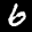
Label: 6